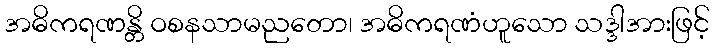
အဓိကရဏန္တိ ဝစနသာမညတော၊ အဓိကရဏံဟူသော သဒ္ဒါအားဖြင့်